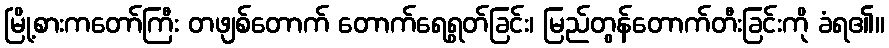
မြို့စားကတော်ကြီး တဖျစ်တောက် တောက်ရေရွတ်ခြင်း၊ မြည်တွန်တောက်တီးခြင်းကို ခံရ၏။